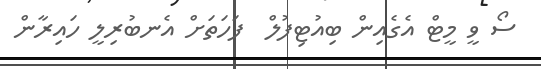
ސޯ ވީ މީޓް އެގެއިން ބިއުޓިފުލް  ފަހަތަށް އެނބުރިލީ ހައިރާން